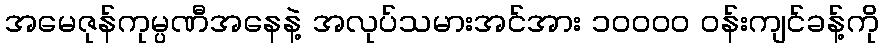
အမေဇုန်ကုမ္ပဏီအနေနဲ့ အလုပ်သမားအင်အား ၁၀၀၀၀ ဝန်းကျင်ခန့်ကို